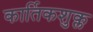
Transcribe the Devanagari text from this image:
कार्तिकशुक्ल